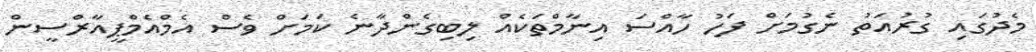
މެދުގައި ގުރުއަތު ނެގުމަށް ފަހު ހާއްސަ އިނާމްތަކެއް ލިބިގެންދާނެ ކަމަށް ވެސް އެމްއެމްޕީއާރްސީން